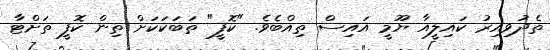
ތެދުވިއިރު ކައިލީއާ ޔޫމީ އައިސް ތިއްބެވެ. "ކޮފީ" ތަބަކަކަށް ތިން ކޮފީ ތަށްޓާ